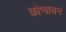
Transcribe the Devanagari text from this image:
कोप्पालन